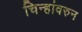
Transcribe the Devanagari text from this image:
चिन्हांवरुन